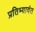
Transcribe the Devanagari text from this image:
प्रतिभ्यावंत